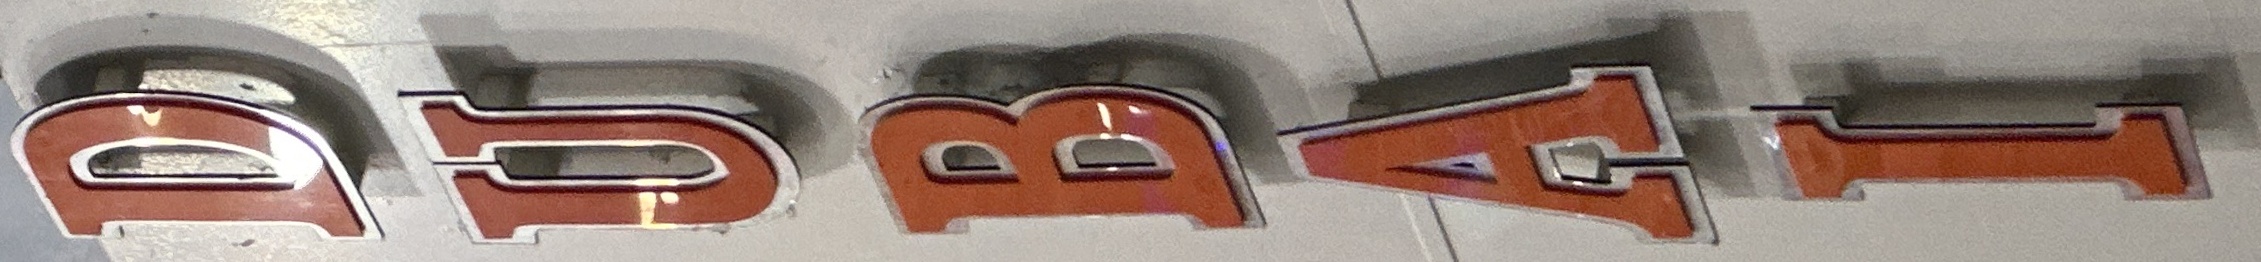
DUBAI